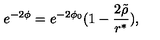
e ^ { - 2 \phi } = e ^ { - 2 \phi _ { 0 } } ( 1 - \frac { 2 \tilde { \rho } } { r ^ { \ast } } ) ,